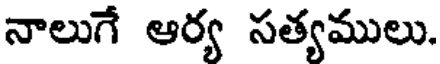
నాలుగే ఆర్య సత్యములు.